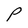
Character: P